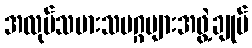
အလုပ်သမားသမဂ္ဂများအဖွဲ့ချုပ်